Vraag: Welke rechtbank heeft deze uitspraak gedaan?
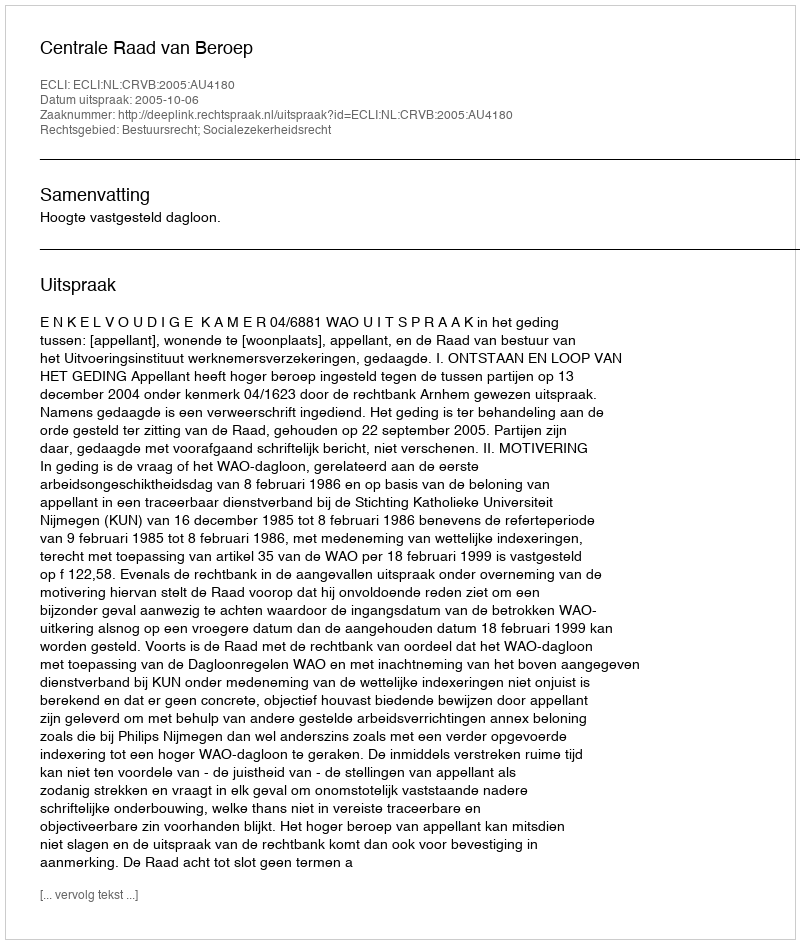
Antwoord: Centrale Raad van Beroep